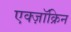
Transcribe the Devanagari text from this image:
एक्ज़ॉक्रिन